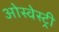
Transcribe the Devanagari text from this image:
ओस्वेस्ट्री